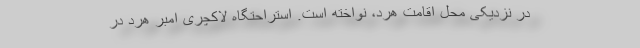
در نزدیکی محل اقامت هرد، نواخته است. استراحتگاه لاکچری امبر هرد در